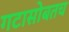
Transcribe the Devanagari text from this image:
गटासोबतच